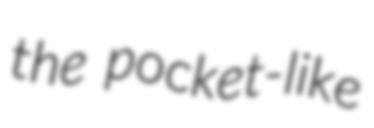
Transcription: the pocket-like